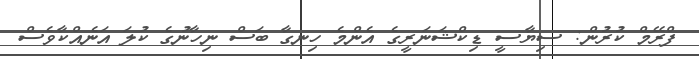
ފްރޭމް ކުރުން: ސިޔާސީ ޑިކްޝަނަރީގެ އެންމެ ހިނގާ ބަސް ނިހާނުގެ ކުލަ އަނެއްކާވެސް